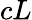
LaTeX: cL